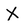
Character: X